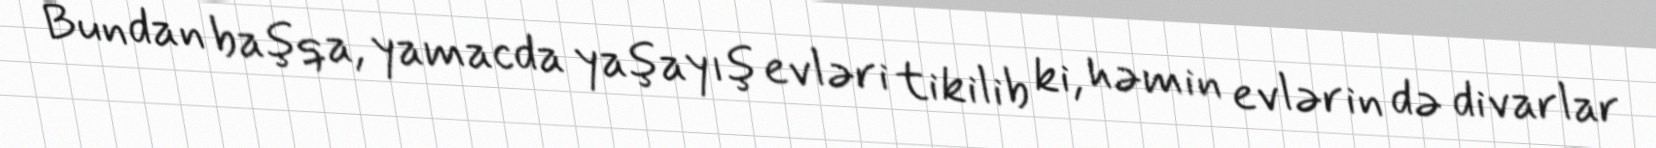
Bundan başqa, yamacda yaşayış evləri tikilib ki, həmin evlərin də divarlar